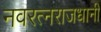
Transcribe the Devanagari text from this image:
नवरत्नराजधानी